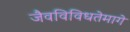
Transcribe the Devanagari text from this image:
जैवविविधतेमागे